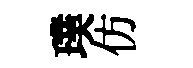
璞仿